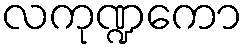
လကုဏ္ဍကော